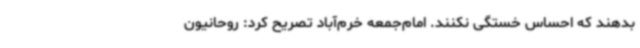
بدهند که احساس خستگی نکنند. امام‌جمعه خرم‌آباد تصریح کرد: روحانیون